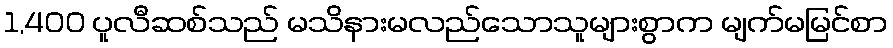
1,400 ပူလီဆစ်သည် မသိနားမလည်သောသူများစွာက မျက်မမြင်စာ